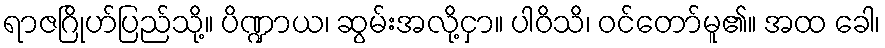
ရာဇဂြိုဟ်ပြည်သို့။ ပိဏ္ဍာယ၊ ဆွမ်းအလို့ငှာ။ ပါဝိသိ၊ ဝင်တော်မူ၏။ အထ ခေါ၊